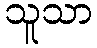
သူသာ